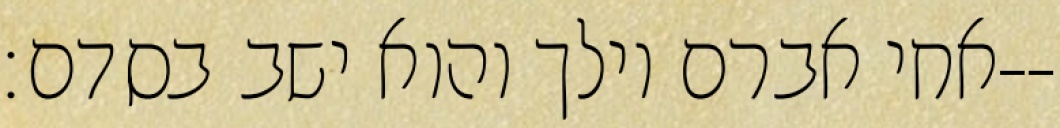
אחי אברם וילך והוא ישב בסדם׃--